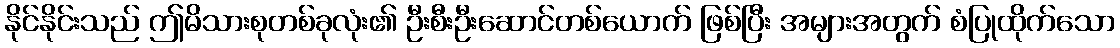
နိုင်နိုင်းသည် ဤမိသားစုတစ်ခုလုံး၏ ဦးစီးဦးဆောင်တစ်ယောက် ဖြစ်ပြီး အများအတွက် စံပြုထိုက်သော